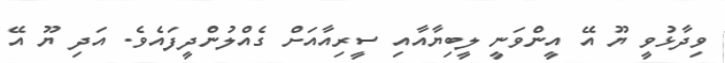
ވިދާޅުވީ ޔޫ އޭ އީންވަނީ ލީބިޔާއާއި ސީރިއާއަށް ގެއްލުންދީފައެވެ. އަދި ޔޫ އޭ